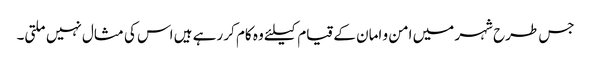
جس طرح شہر میں امن و امان کے قیام کیلئے وہ کام کر رہے ہیں اس کی مثال نہیں ملتی۔